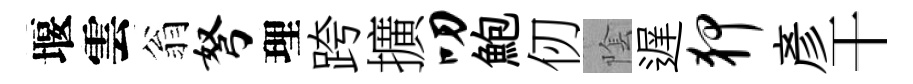
堰雲翁弩理跨擴叨鮑仞隂遅狎彥干